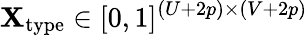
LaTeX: \mathbf{X}_{\mathrm{{type}}}\in[0,1]^{(U+2p)\times(V+2p)}